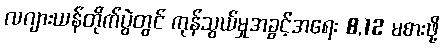
လဂျားယန်တိုက်ပွဲတွင် ကုန်သွယ်မှုအခွင့်အရေး 8,12 မစားဖို့